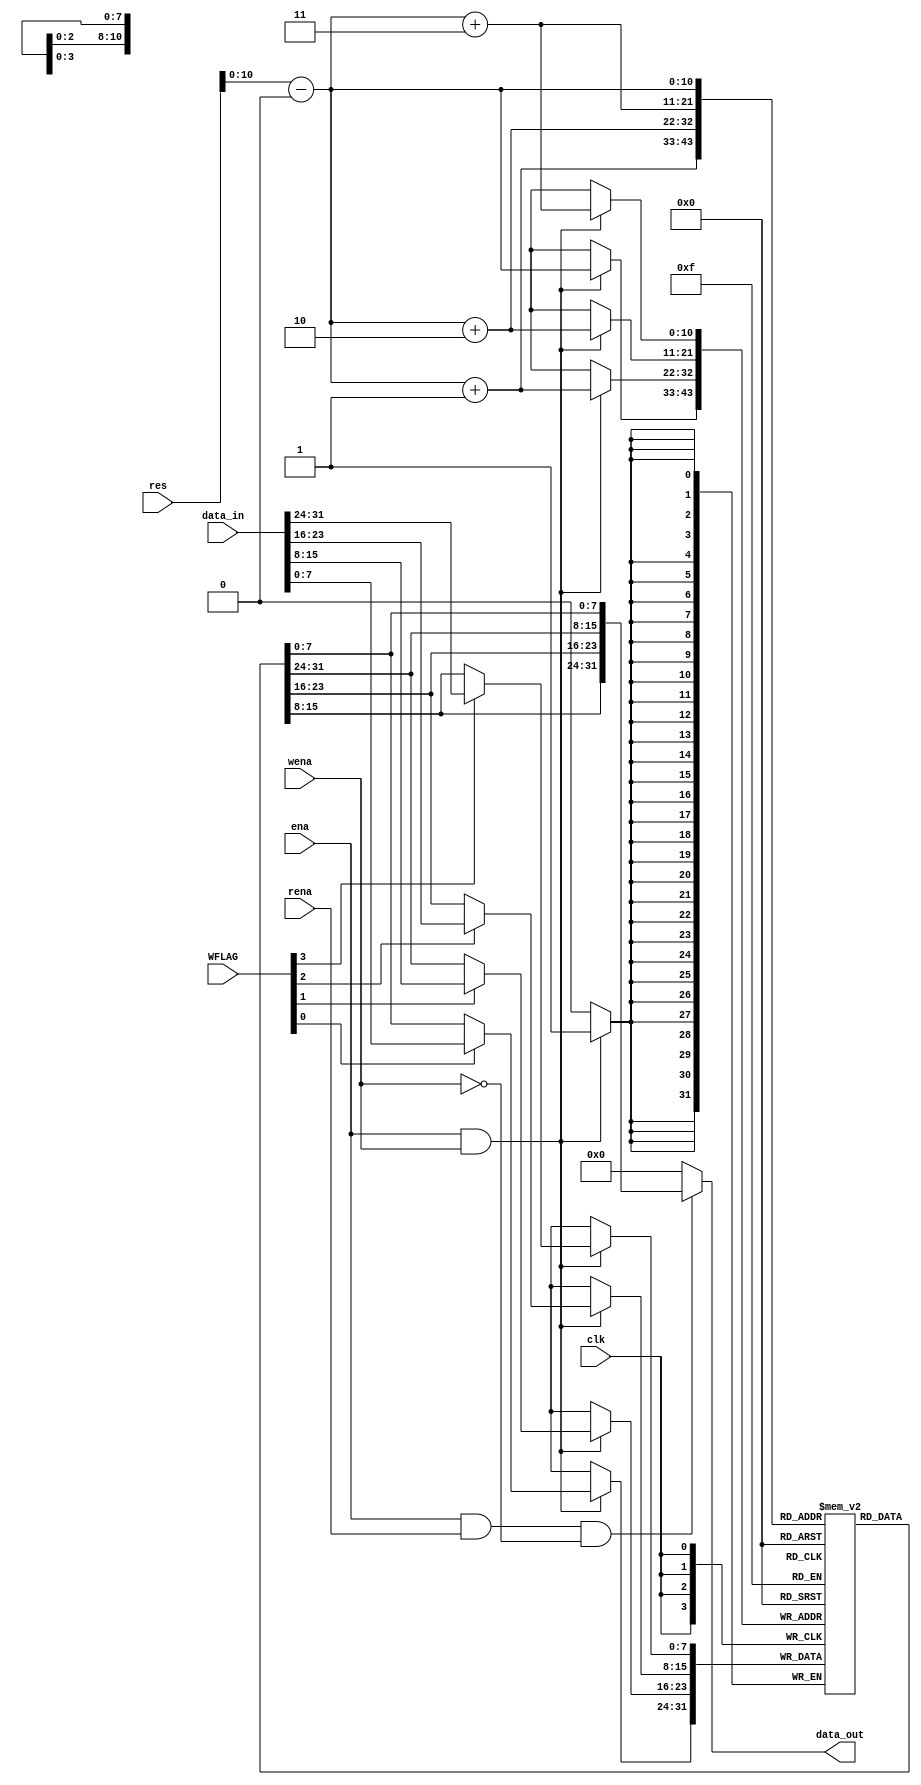
`timescale 1ns / 1ps

module dmem(
    input clk,
    input ena,
    input wena,
    input [3:0] WFLAG,
    input rena,
    input [31:0] res,//mips 32'h10010000
    input [31:0] data_in,
    output [31:0] data_out//z
    );
    //reg [31:0] mem [63:0]; //
    
    wire [10:0]addr;
    assign addr=(res-32'h10010000);// (res-32'h10010000)/4;  //
    
    reg [7 : 0] mem [1024:0];
    assign data_out = (ena && rena && !wena) ? {mem[addr+3],mem[addr+2],mem[addr+1],mem[addr]} : 32'b0;//z

    always @ (posedge clk)////
    begin
        if (ena && wena)
        begin
            //mem[addr] <= data_in;
            mem[addr + 3] <= WFLAG[3] ? data_in[31:24] : mem[addr + 3];
            mem[addr + 2] <= WFLAG[2] ? data_in[23:16] : mem[addr + 2];
            mem[addr + 1] <= WFLAG[1] ? data_in[15:8]  : mem[addr + 1];
            mem[addr]     <= WFLAG[0] ? data_in[7:0]   : mem[addr];    
        end
    end
endmodule